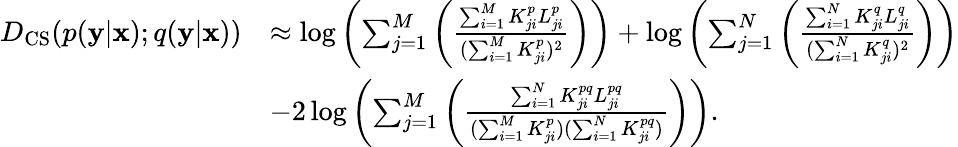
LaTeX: \begin{array}{rl}{D_{\mathrm{CS}}(p(\mathbf{y}|\mathbf{x});q(\mathbf{y}|\mathbf{x}))}&{\approx\log\left(\sum_{j=1}^{M}\left(\frac{\sum_{i=1}^{M}K_{ji}^{p}L_{ji}^{p}}{(\sum_{i=1}^{M}K_{ji}^{p})^{2}}\right)\right)+\log\left(\sum_{j=1}^{N}\left(\frac{\sum_{i=1}^{N}K_{ji}^{q}L_{ji}^{q}}{(\sum_{i=1}^{N}K_{ji}^{q})^{2}}\right)\right)}\\ &{-2\log\left(\sum_{j=1}^{M}\left(\frac{\sum_{i=1}^{N}K_{ji}^{pq}L_{ji}^{pq}}{(\sum_{i=1}^{M}K_{ji}^{p})(\sum_{i=1}^{N}K_{ji}^{pq})}\right)\right).}\end{array}